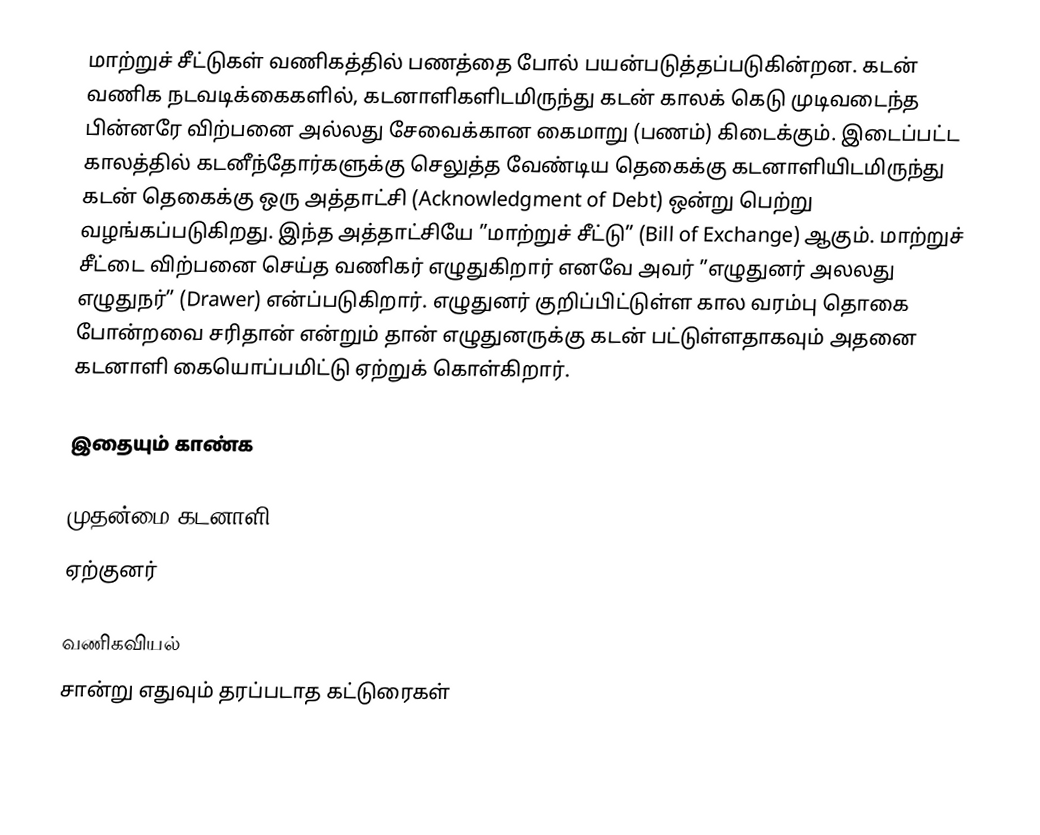
மாற்றுச் சீட்டுகள் வணிகத்தில் பணத்தை போல் பயன்படுத்தப்படுகின்றன. கடன் வணிக நடவடிக்கைகளில், கடனாளிகளிடமிருந்து கடன் காலக் கெடு முடிவடைந்த பின்னரே விற்பனை அல்லது சேவைக்கான கைமாறு (பணம்) கிடைக்கும். இடைப்பட்ட காலத்தில் கடனீந்தோர்களுக்கு செலுத்த வேண்டிய தெகைக்கு கடனாளியிடமிருந்து கடன் தெகைக்கு ஒரு அத்தாட்சி (Acknowledgment of Debt) ஒன்று பெற்று வழங்கப்படுகிறது. இந்த அத்தாட்சியே ”மாற்றுச் சீட்டு” (Bill of Exchange) ஆகும். மாற்றுச் சீட்டை விற்பனை செய்த வணிகர் எழுதுகிறார் எனவே அவர் ”எழுதுனர் அலலது எழுதுநர்” (Drawer) என்ப்படுகிறார். எழுதுனர் குறிப்பிட்டுள்ள கால வரம்பு தொகை போன்றவை சரிதான் என்றும் தான் எழுதுனருக்கு கடன் பட்டுள்ளதாகவும் அதனை கடனாளி கையொப்பமிட்டு ஏற்றுக் கொள்கிறார்.

இதையும் காண்க

முதன்மை கடனாளி
ஏற்குனர்

 வணிகவியல்
சான்று எதுவும் தரப்படாத கட்டுரைகள்